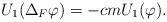
LaTeX: \begin{align*}U_1(\Delta_F\varphi)=-cm U_1(\varphi).\end{align*}